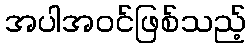
အပါအဝင်ဖြစ်သည့်